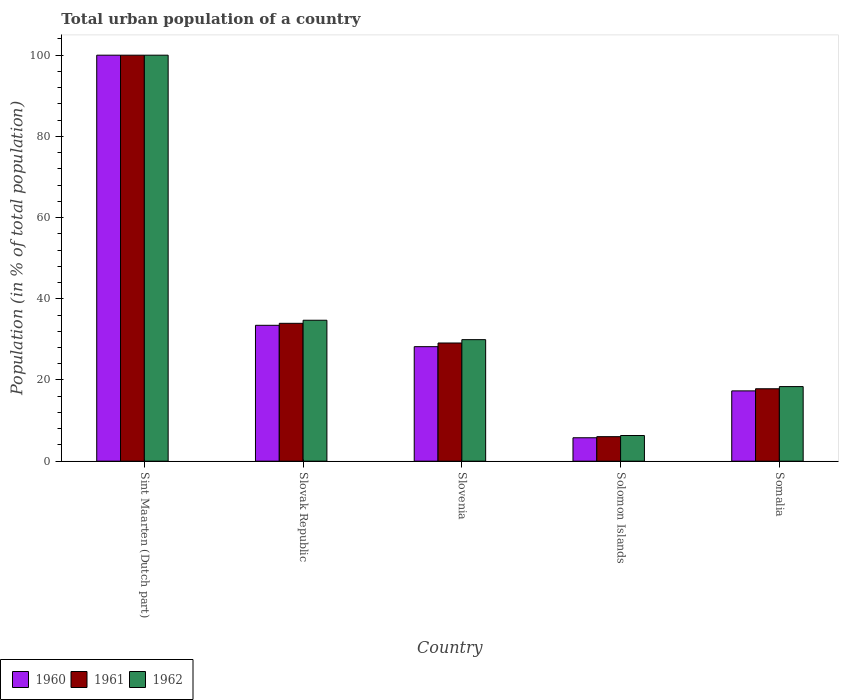
| Country | 1960 | 1961 | 1962 |
 | --- | --- | --- | --- |
 | Sint Maarten (Dutch part) | 100 | 100 | 100 |
 | Slovak Republic | 33.5 | 34 | 34.7 |
 | Slovenia | 28.2 | 29.1 | 29.9 |
 | Solomon Islands | 5.77 | 6.04 | 6.32 |
 | Somalia | 17.3 | 17.8 | 18.4 |